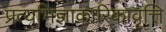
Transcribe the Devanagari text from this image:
प्रत्यभिज्ञाकारिकावृत्ति